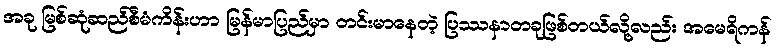
အခု မြစ်ဆုံဆည်စီမံကိန်းဟာ မြန်မာပြည်မှာ တင်းမာနေတဲ့ ပြဿနာတခုဖြစ်တယ်လို့လည်း အမေရိကန်